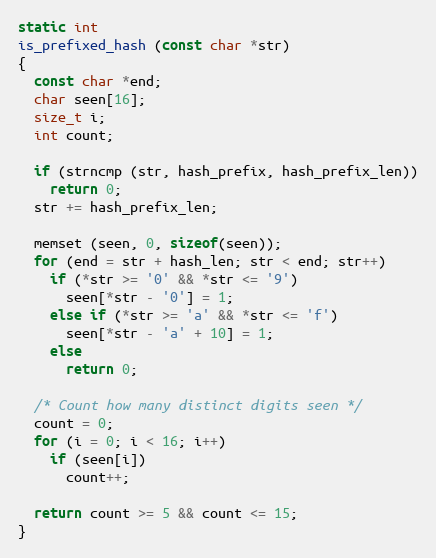
Language: C
static int
is_prefixed_hash (const char *str)
{
  const char *end;
  char seen[16];
  size_t i;
  int count;

  if (strncmp (str, hash_prefix, hash_prefix_len))
    return 0;
  str += hash_prefix_len;

  memset (seen, 0, sizeof(seen));
  for (end = str + hash_len; str < end; str++)
    if (*str >= '0' && *str <= '9')
      seen[*str - '0'] = 1;
    else if (*str >= 'a' && *str <= 'f')
      seen[*str - 'a' + 10] = 1;
    else
      return 0;

  /* Count how many distinct digits seen */
  count = 0;
  for (i = 0; i < 16; i++)
    if (seen[i])
      count++;

  return count >= 5 && count <= 15;
}